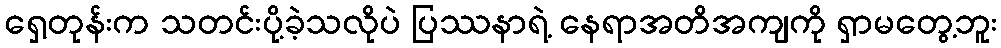
ရှေ့တုန်းက သတင်းပို့ခဲ့သလိုပဲ ပြဿနာရဲ့ နေရာအတိအကျကို ရှာမတွေ့ဘူး